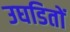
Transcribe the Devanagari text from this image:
उघडितों